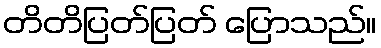
တိတိပြတ်ပြတ် ပြောသည်။